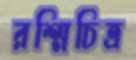
রশ্মিচিত্র